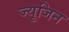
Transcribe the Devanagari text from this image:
ज्यूजिन